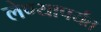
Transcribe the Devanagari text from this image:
लेण्यापर्यंत